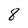
Character: 8